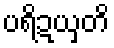
ပရိဍယှတိ